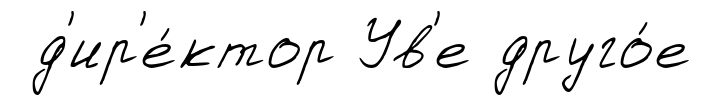
д'ир'е́ктор Ув'е друго́е